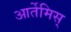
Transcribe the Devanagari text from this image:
आर्तेमिस्